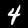
Digit: 4